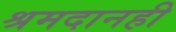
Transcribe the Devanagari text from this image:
श्रमदानही